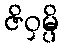
ဇိဝှမ္ပိ